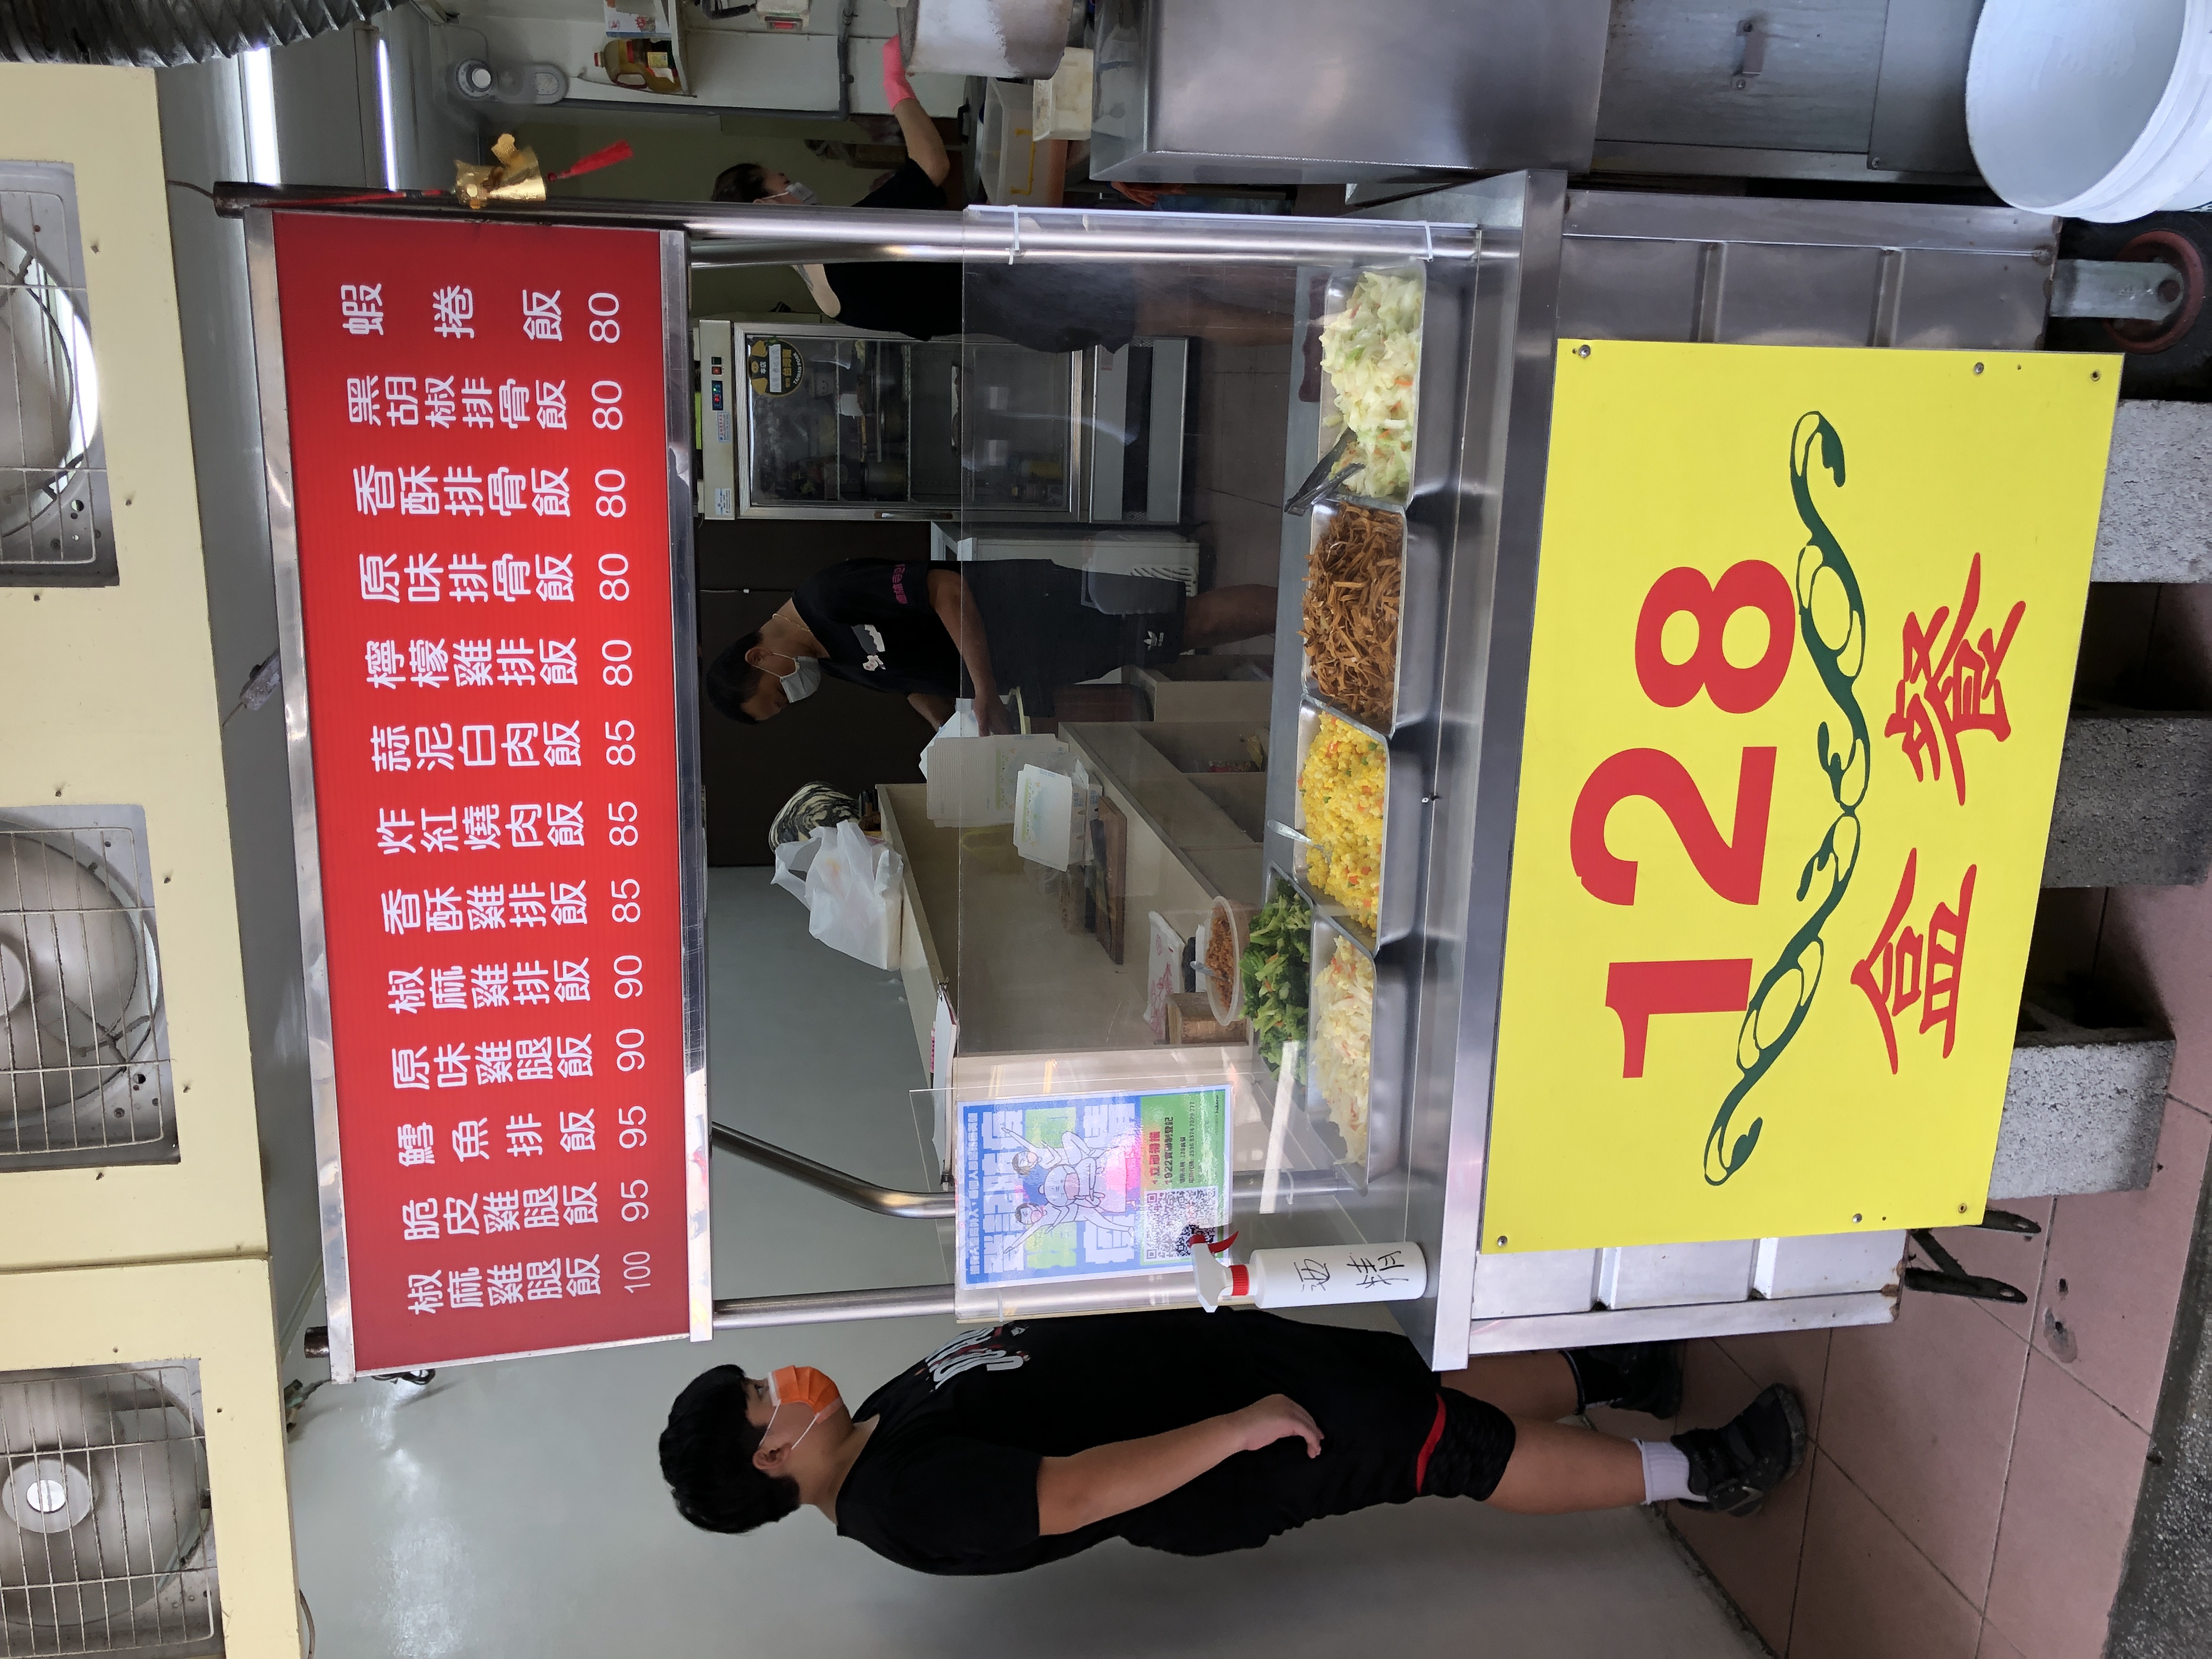
菜單：
name: 蝦卷飯
price: 80
name: 黑胡椒豬排飯
price: 80
name: 香酥雞排飯
price: 80
name: 滷肉飯
price: 85
name: 炸紅糟肉飯
price: 85
name: 香酥雞腿飯
price: 90
name: 椒麻雞腿飯
price: 95
name: 原味雞腿飯
price: 95
name: 鱈魚飯
price: 100
name: 原味排骨飯
price: 80
name: 檸檬雞排飯
price: 80
name: 蒜泥白肉飯
price: 85
name: 炸紅燒肉飯
price: 85
name: 香酥雞排飯
price: 90
name: 椒麻雞排飯
price: 95
name: 原味雞排飯
price: 95